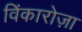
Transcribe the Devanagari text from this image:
विंकारोज़ा